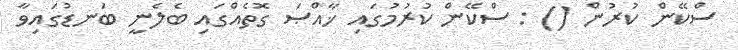
ސްކޭން ކުރުން () : ސްކޭން ކުރުމުގައި ޚާއްޞަ ގޮތެއްގައި ބެލެނީ ބަނޑުގައިވާ